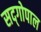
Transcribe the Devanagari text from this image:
सद्‍गोपाल